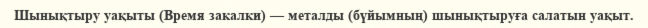
Шынықтыру уақыты (Время закалки) — металды (бүйымның) шынықтыруға салатын уақыт.